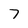
Character: 7